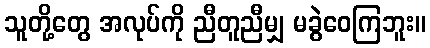
သူတို့တွေ အလုပ်ကို ညီတူညီမျှ မခွဲဝေကြဘူး။